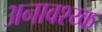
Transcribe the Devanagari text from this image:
अनावश्य्क